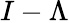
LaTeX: I-\Lambda